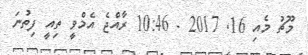
މޫޗު މެއި 16